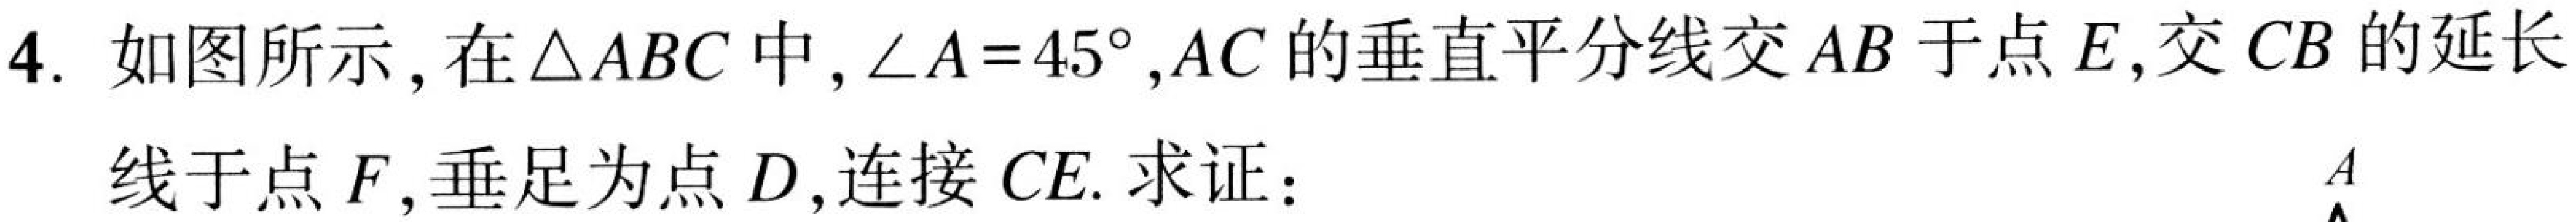
4. 如图所示，在\(\triangle ABC\)中，\(\angle A = 45^{\circ}\)，\(AC\)的垂直平分线交\(AB\)于点\(E\)，交\(CB\)的延长
线于点\(F\)，垂足为点\(D\)，连接\(CE\). 求证：